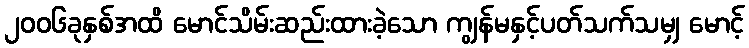
၂၀၀၆ခုနှစ်အထိ မောင်သိမ်းဆည်းထားခဲ့သော ကျွန်မနှင့်ပတ်သက်သမျှ မောင့်